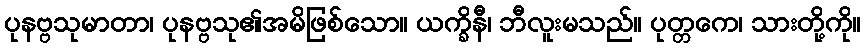
ပုနဗ္ဗသုမာတာ၊ ပုနဗ္ဗသု၏အမိဖြစ်သော။ ယက္ခိနီ၊ ဘီလူးမသည်။ ပုတ္တကေ၊ သားတို့ကို။